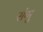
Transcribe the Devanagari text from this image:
संगु